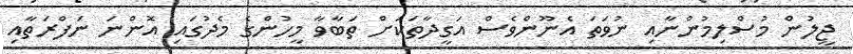
ޖީލުން މުސްލިމުންނާއި ނުވަތަ އެނޫންވެސް އަގީދާތަކަށް ތަބާވާ މީހުންގެ މެދުގައި އޮންނަ ނަފްރަތާއި